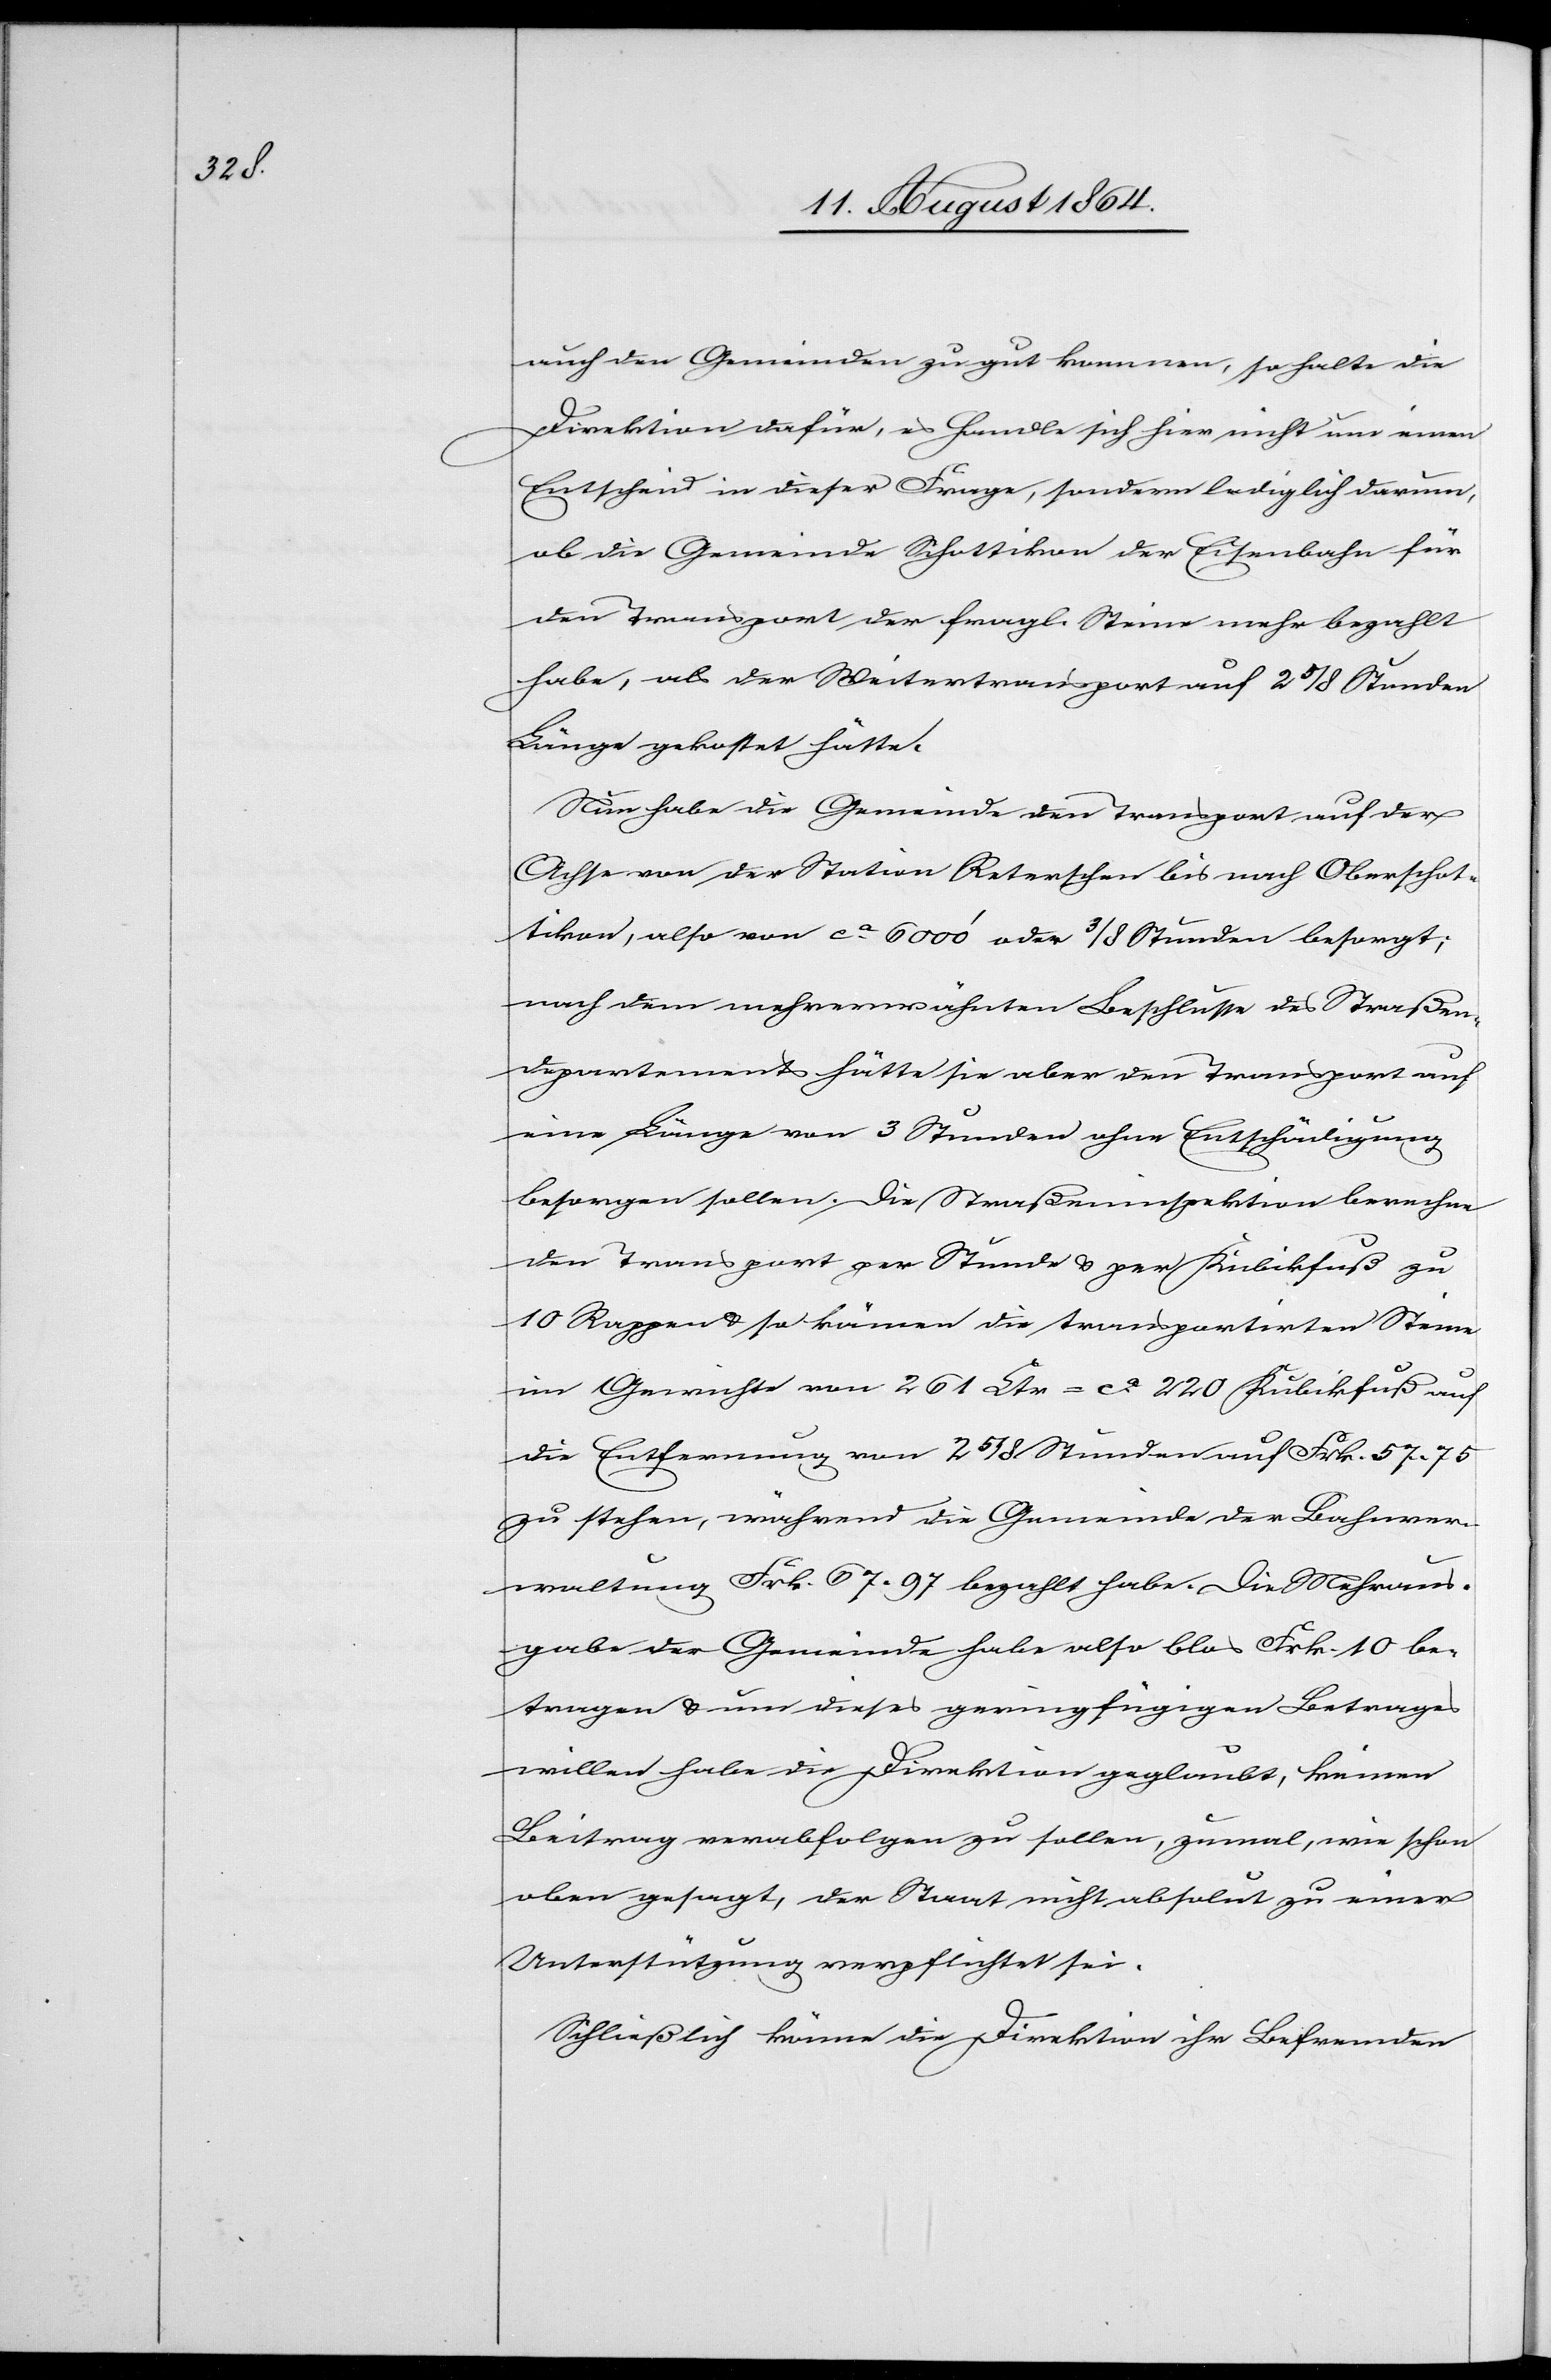
auch den Gemeinden zu gut kommen, so halte die
Direktion dafür, es handle sich hier nicht um einen
Entscheid in dieser Frage, sondern lediglich darum,
ob die Gemeinde Schottikon der Eisenbahn für
den Transport der fragl. Steine mehr bezahlt
habe, als der Weitertransport auf 2 5/8 Stunden
Länge gekostet hätte.
Nun habe die Gemeinde den Transport auf der
Achse von der Station Reterschen bis nach Oberschot¬
tikon, also von ca. 6000’ oder 3/8 Stunden besorgt;
nach dem mehrerwähnten Beschlusse des Straßen¬
departements hätte sie aber den Transport auf
eine Länge von 3 Stunden ohne Entschädigung
besorgen sollen. Die Straßeninspektion berechne
den Transport zur Stunde & per Kubikfuß zu
10 Rappen & so kämen die transportirten Steine
im Gewichte von 261 Ltr = ca. 200 Kubikfuß auf
die Entfernung von 2 5/8 Stunden auf Frk. 57.75
zu stehen, während die Gemeinde der Bahnver¬
waltung Frk. 67.97 bezahlt habe. Die Mehraus¬
gabe der Gemeinde habe also blos Frk. 10 be¬
tragen & um dieses geringfügigen Betrages
willen habe die Direktion geglaubt, keinen
Beitrag verabfolgen zu sollen, zumal, wie schon
oben gesagt, der Staat nicht absolut zu einer
Unterstützung verpflichtet sei.
Schließlich könne die Direktion ihr Befremden